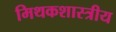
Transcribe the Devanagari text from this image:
मिथकशास्त्रीय